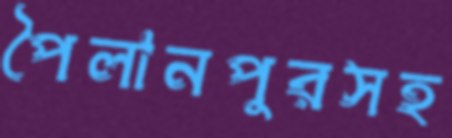
পৈলানপুরসহ